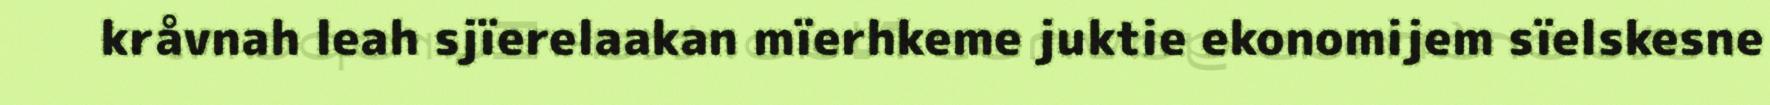
kråvnah leah sjïerelaakan mïerhkeme juktie ekonomijem sïelskesne